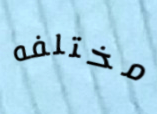
مختلفه